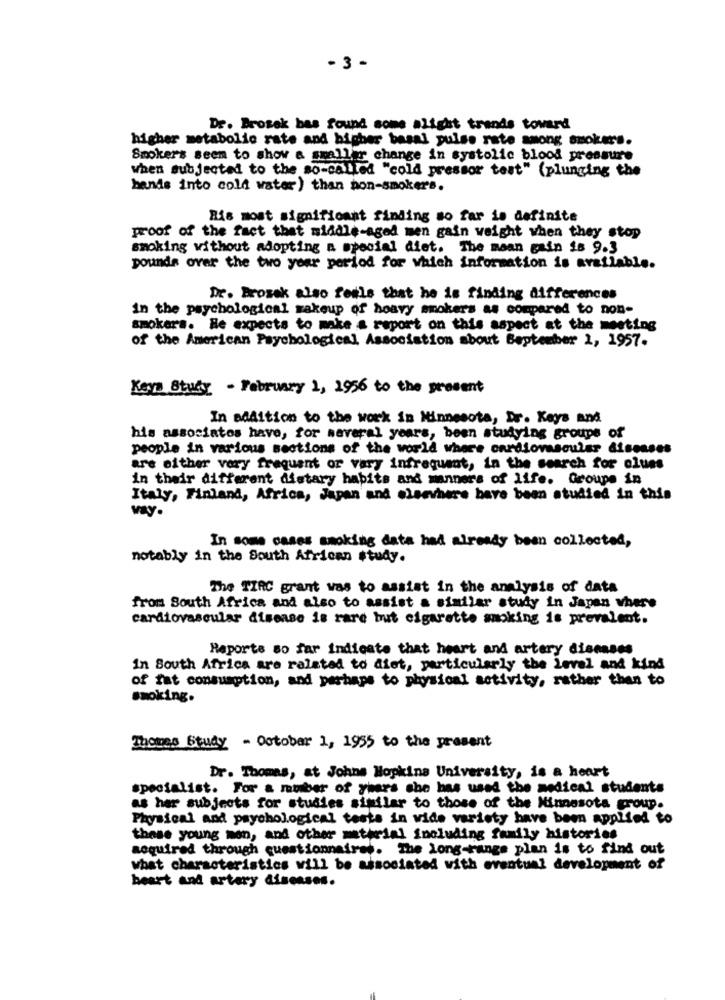
-3 -
Dr. Brosek bas found some alight trends toward
higher metabolic rate and higher basal pulse rate among smokers.
Smokers seem to show a smaller change in systolic blood pressure
when subjected to the so-called "cold pressor test" (plunging the
bands into cold water) than non-smokers.
Ris most significant finding so far is definite
proof of the fact that middle-aged men gain weight when they stop
smoking without adopting a special diet. The maan gain is 9.3
pounds over the two year period for which information is available.
Dr. Prosek also feils that he is finding differences
in the psychological wakeup of hoavy smokers as compared to non-
smokers. He expects to make a report on this aspect at the meeting
of the American Psychological Association about September 1, 1957.
Keys Study - February 1, 1956 to the present
In addition to the work in Minnesota, Dr. Keys and
his associatos have, for several years, been studying groups of
people in various sections of the world where cardiovascular diseases
are either vory frequent or vary infrequent, in the search for olues
in their different dietary habits and manners of life. Groupe in
Italy, Finland, Africa, Japan and elsewhere have been studied in this
vay.
In some cases smoking data had already been collected,
notably in the South African study.
The TIRC grant was to assist in the analysis of data
from South Africa and also to assist a similar study in Japan where
cardiovascular disease is rare but cigarette smoking is prevalent.
Reports so far indicate that heart and artery diseases
In South Africa are related to diet, particularly the Level and kind
of fat consumption, and perhaps to physical activity, rather than to
smoking.
Thomas Study - October 1, 1955 to the present
Dr. Thomas, at Johns Hopkins University, is a heart
specialist. For & muber of yhars she has used the medical students
as her subjects for studies similar to those of the Minnesota group.
Physical and psychological tests in wide variety have been applied to
these young men, and other material including family histories
acquired through questionnaires. The Long-range plan is to find out
what characteristics will be associated with eventual development of
heart and artery diseases.